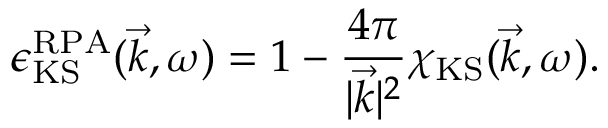
\epsilon _ { \mathrm { K S } } ^ { \mathrm { R P A } } ( \vec { k } , \omega ) = 1 - \frac { 4 \pi } { \vert \vec { k } \vert ^ { 2 } } \chi _ { \mathrm { K S } } ( \vec { k } , \omega ) .